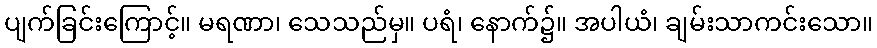
ပျက်ခြင်းကြောင့်။ မရဏာ၊ သေသည်မှ။ ပရံ၊ နောက်၌။ အပါယံ၊ ချမ်းသာကင်းသော။